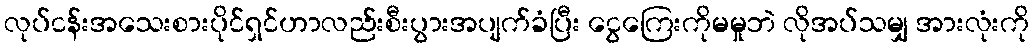
လုပ်ငန်းအသေးစားပိုင်ရှင်ဟာလည်းစီးပွားအပျက်ခံပြီး ငွေကြေးကိုမမှုဘဲ လိုအပ်သမျှ အားလုံးကို